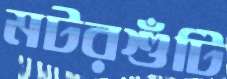
মটরশুঁটি